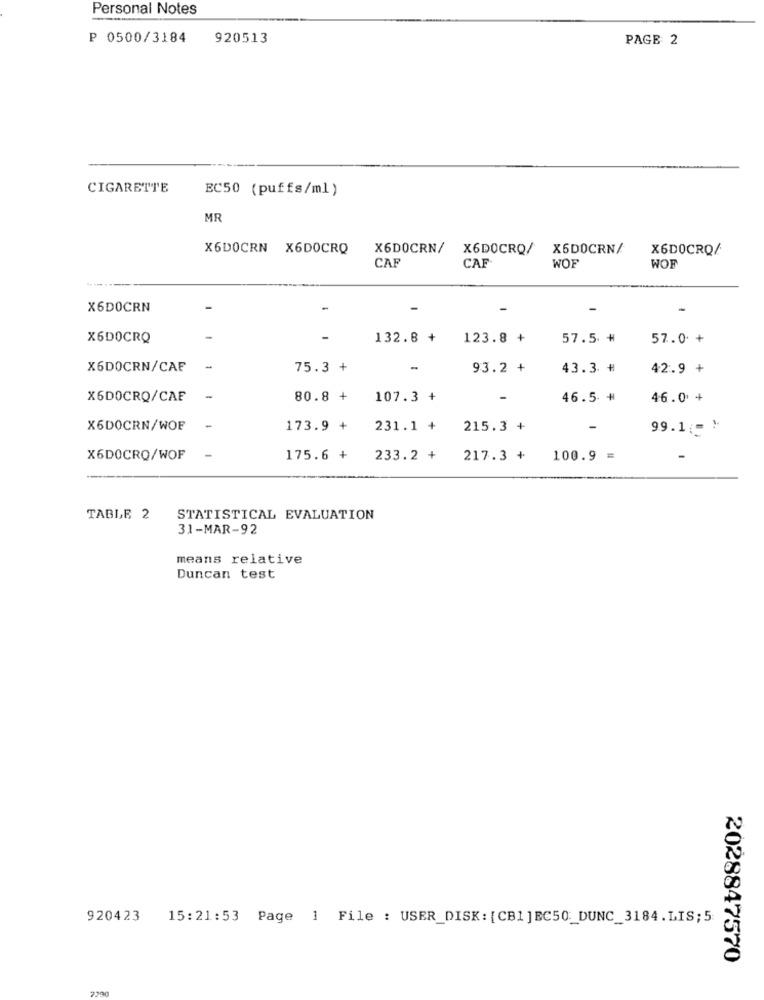
Personal Notes
P 0500/3184
920513
PAGE 2
CIGARETTE
EC50 (puffs/ml)
MR
X6DOCRN X6DOCRQ
X6DOCRN/
X6DOCRQ/
X6DOCRN/
X6DOCRQ/
CAF
WOF
CAF
WOF
X6DOCRN
-
-
X6DOCRQ
-
132.8 +
123.8 +
57.5 #
57.0 +
X6DOCRN/CAF
75.3 +
-
93.2 +
43.3 #
42.9 +
X6DOCRQ/CAF
-
80.8 +
107.3 +
-
46.5 #
46.0 +
X6DOCRN/WOF
173.9 +
231.1 +
215.3 +
-
99.1(= )
X6DOCRO/WOF
175.6 + 233.2 + 217.3 + 100.9 =
-
TABLE 2
STATISTICAL EVALUATION
31-MAR-92
means relative
Duncan test
920423
15:21:53 Page 1 File : USER_DISK: [CB1]BC50 :_ DUNC_3184.LIS;5
2028847570